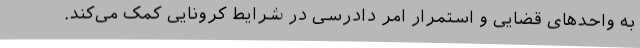
به واحدهای قضایی و استمرار امر دادرسی در شرایط کرونایی کمک می‌کند.